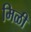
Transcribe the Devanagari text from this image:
मिळी